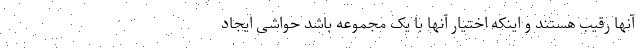
آنها رقیب هستند و اینکه اختیار آنها با یک مجموعه باشد حواشی ایجاد